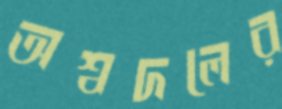
অশ্বদলের